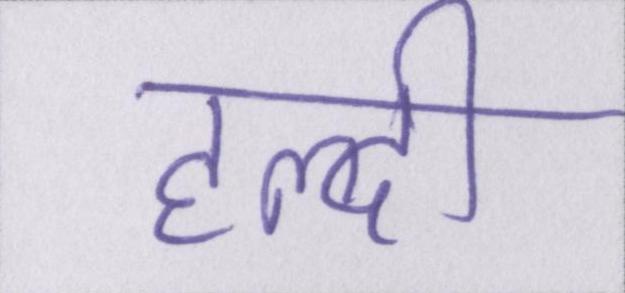
हल्दी